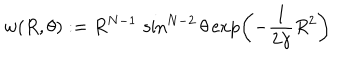
LaTeX: w ( R , \theta ) : = R ^ { N - 1 } \, \sin ^ { N - 2 } \theta \exp \left( - \frac { 1 } { 2 \gamma } R ^ { 2 } \right)